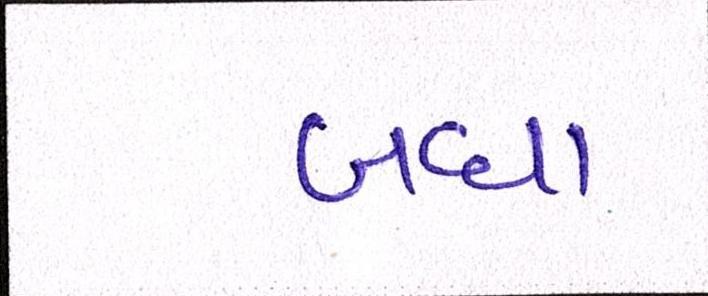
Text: બધા